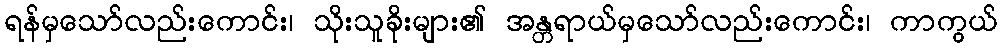
ရန်မှသော်လည်းကောင်း၊ သိုးသူခိုးများ၏ အန္တရာယ်မှသော်လည်းကောင်း၊ ကာကွယ်